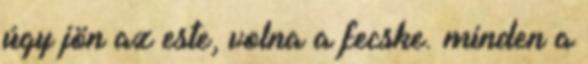
úgy jön az este, volna a fecske. minden a